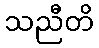
သညီတိ